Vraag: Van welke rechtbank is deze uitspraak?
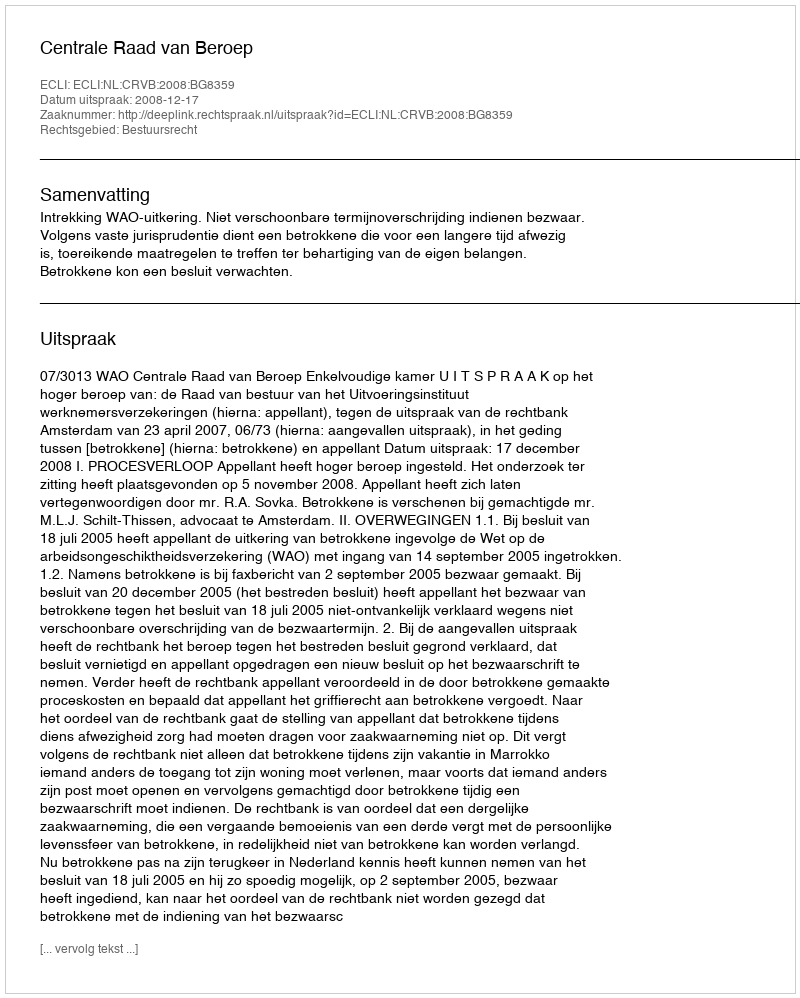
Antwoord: Centrale Raad van Beroep